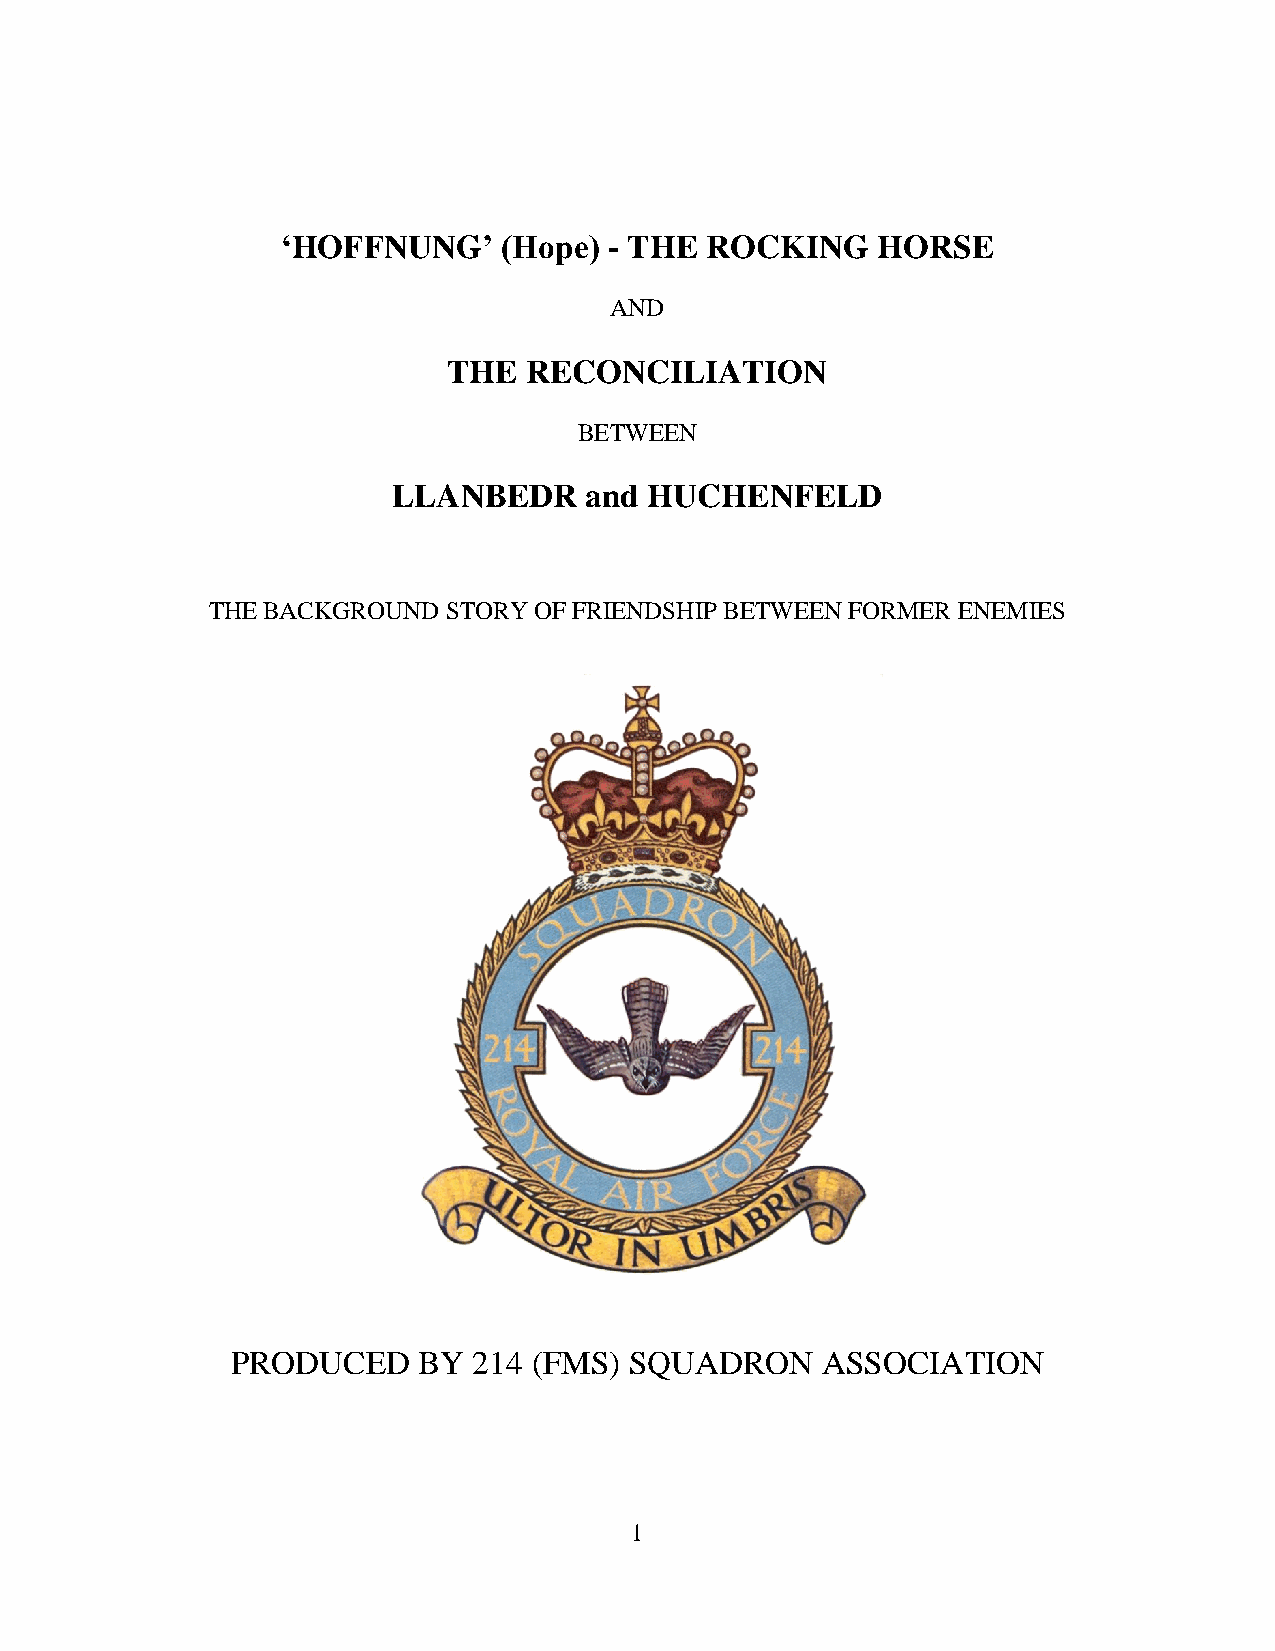
‘HOFFNUNG’    (Hope) - THE  ROCKING    HORSE
 AND
 THE  RECONCILIATION
 BETWEEN
 LLANBEDR     and HUCHENFELD
 THE BACKGROUND  STORY OF FRIENDSHIP BETWEEN FORMER ENEMIES
 PRODUCED     BY 214 (FMS)  SQUADRON    ASSOCIATION
 1